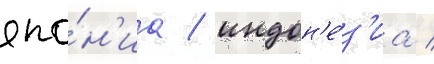
япо́н'иа / индон'е́з'иа /